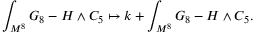
\int _ { M ^ { 8 } } G _ { 8 } - H \wedge C _ { 5 } \mapsto k + \int _ { M ^ { 8 } } G _ { 8 } - H \wedge C _ { 5 } .